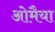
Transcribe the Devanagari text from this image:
ओमैया